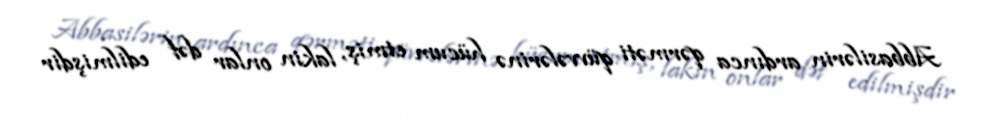
Abbasilərin ardınca qərməti qüvvələrinə hücum etmiş, lakin onlar dəf edilmişdir